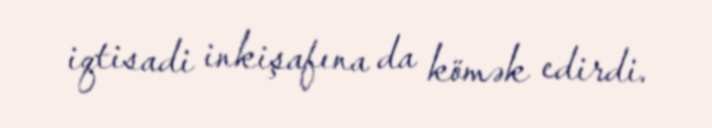
iqtisadi inkişafına da kömək edirdi.